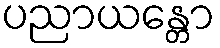
ပညာယန္တော